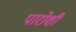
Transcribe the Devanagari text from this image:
पारोशी